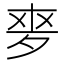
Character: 𡖘